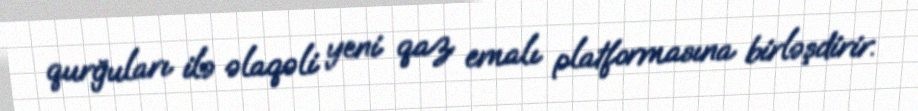
qurğuları ilə əlaqəli yeni qaz emalı platformasına birləşdirir.